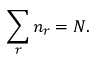
\sum _ { r } n _ { r } = N .